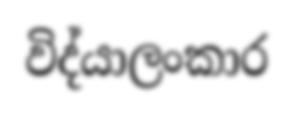
විද්යාලංකාර